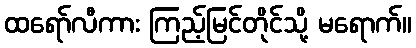
ထရော်လီကား ကြည့်မြင်တိုင်သို့ မရောက်။